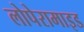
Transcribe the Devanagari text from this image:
लोपेरामाइड